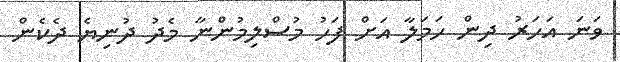
ވަނަ އަހަރު ދިން ހަމަލާ އަށް ފަހު މުސްލިމުންނާ މެދު ދުނިޔެ ދެކެން